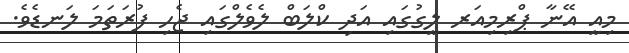
މިއީ އޭނާ ޕްރިމިއަރ ލީގުގައި އަދި ކްލަބް ލެވެލްގައި ޖެހި ފުރަތަމަ ލަނޑެވެ.